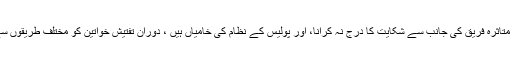
قوانین موجود ہونے کے باوجود ان پر عمل در آمد نہیں ہوپا تا ہے جس کا بنیادی سبب متاثرہ فریق کی جانب سے شکایت کا درج نہ کرانا، اور پولیس کے نظام کی خامیاں ہیں ، دورانِ تفتیش خواتین کو مختلف طریقوں سے پریشان کرکے پیسے اینٹھنے اور اور کیس کو ختم کرنے کی کوشش کی جاتی ہے۔